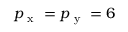
p _ { \mathrm { ~ x ~ } } = p _ { \mathrm { ~ y ~ } } = 6